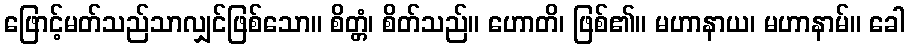
ဖြောင့်မတ်သည်သာလျှင်ဖြစ်သော။ စိတ္တံ၊ စိတ်သည်။ ဟောတိ၊ ဖြစ်၏။ မဟာနာယ၊ မဟာနာမ်။ ခေါ